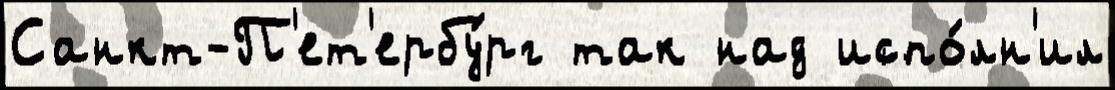
Санкт-П'ет'ербу́рг так над испо́лн'ил